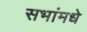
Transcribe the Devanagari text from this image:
सभांमधे